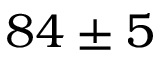
8 4 \pm 5